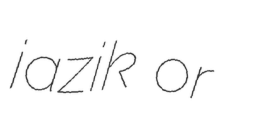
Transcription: jazik or македонски гестовен